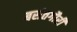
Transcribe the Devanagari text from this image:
बसंतगौरी